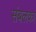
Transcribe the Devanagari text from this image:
संबलका